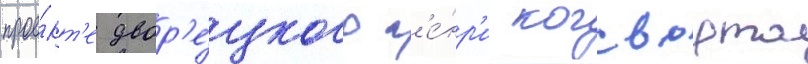
прое́кт'е двор'е́цкого г'е́нр'и когсворта